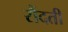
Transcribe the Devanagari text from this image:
रौंदती